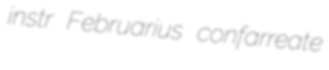
instr Februarius confarreate